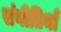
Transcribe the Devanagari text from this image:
संगीतियाँ